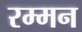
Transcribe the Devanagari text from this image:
रम्मन